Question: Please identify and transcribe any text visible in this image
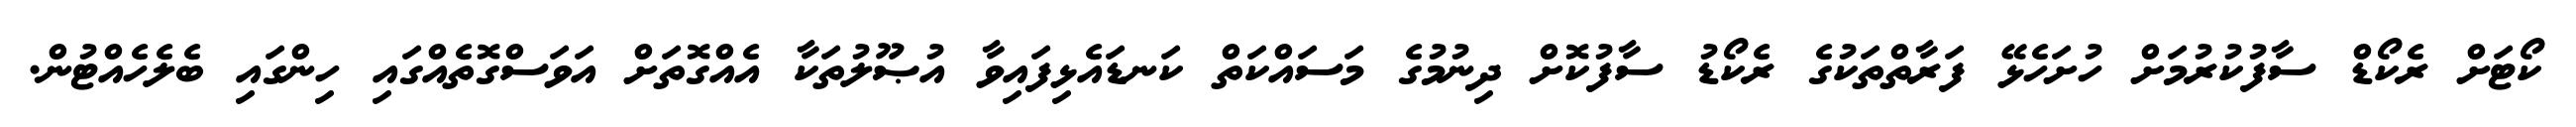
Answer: ކޯޓަށް ރެކޯޑް ސާފުކުރުމަށް ހުށަހެޅޭ ފަރާތްތަކުގެ ރެކޯޑު ސާފުކޮށް ދިނުމުގެ މަސައްކަތް ކަނޑައެޅިފައިވާ އުޞޫލުތަކާ އެއްގޮތަށް އަވަސްގޮތެއްގައި ހިންގައި ބެލެހެއްޓުން.